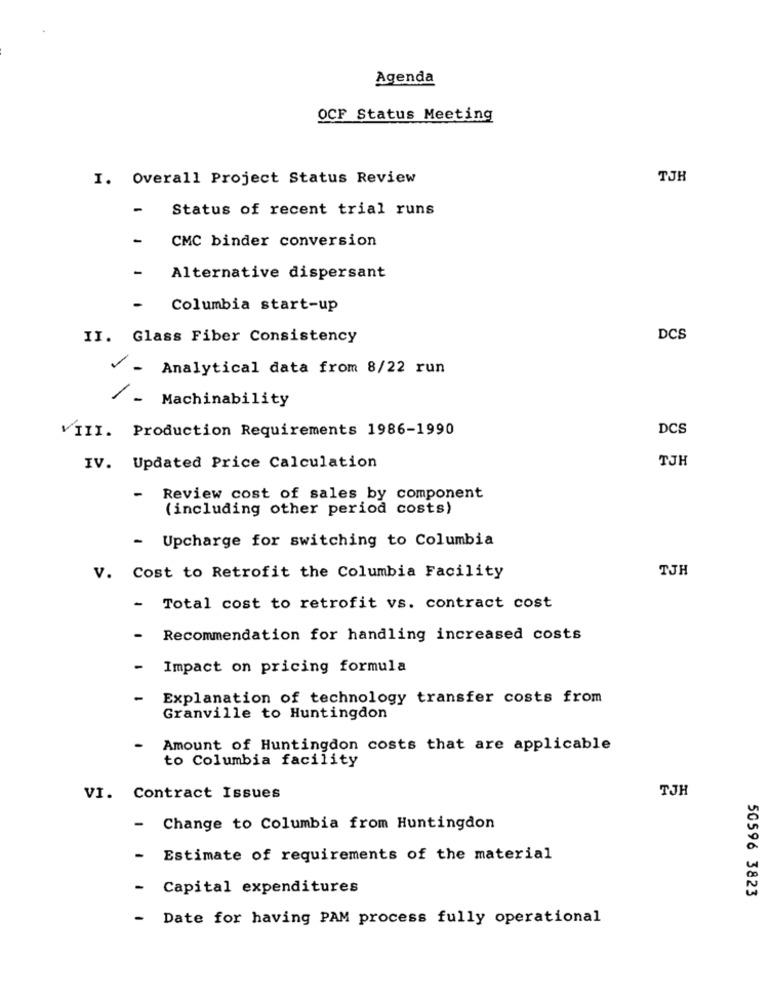
Agenda
OCF Status Meeting
I. Overall Project Status Review
TJR
-
Status of recent trial runs
-
CMC binder conversion
Alternative dispersant
-
Columbia start-up
II. Glass Fiber Consistency
DCS
- Analytical data from 8/22 run
/ _ Machinability
VIII. Production Requirements 1986-1990
DCS
TJH
IV. Updated Price Calculation
- Review cost of sales by component
(including other period costs)
- Upcharge for switching to Columbia
TJH
V. Cost to Retrofit the Columbia Facility
- Total cost to retrofit vs. contract cost
-
Recommendation for handling increased costs
-
Impact on pricing formula
- Explanation of technology transfer costs from
Granville to Huntingdon
-
Amount of Huntingdon costs that are applicable
to Columbia facility
TJH
VI. Contract Issues
- Change to Columbia from Huntingdon
- Estimate of requirements of the material
- Capital expenditures
50596 3823
- Date for having PAM process fully operational